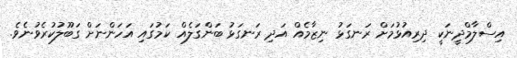
އިސްލާމްދީނަކީ ދިރިއުޅުމަށް ރަނގަޅު ނިޒާމެއް އަދި ރަނގަޅު ބަންގަލެއް ކަމުގައި އަހަންނަށް ގަބޫލުކުރެވުނެވެ.